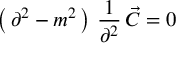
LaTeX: \left( \, \partial ^ { 2 } - m ^ { 2 } \, \right) \, { \frac { 1 } { \partial ^ { 2 } } } \, \vec { C } = 0